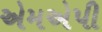
એમએપી